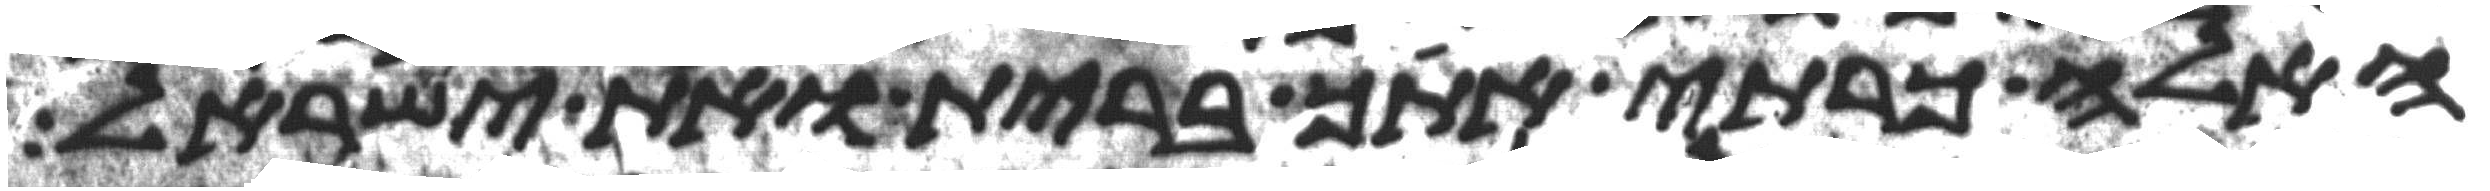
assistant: האלה כרתי אתך ברית ואת ישראל